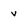
Character: v